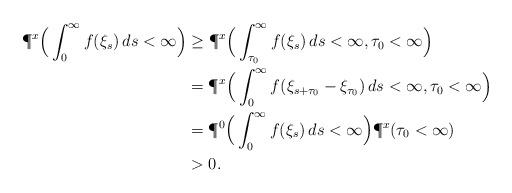
LaTeX: \begin{align*}\P^x\Big(\int_0^\infty f(\xi_s)\,ds<\infty\Big)&\geq \P^x\Big(\int_{\tau_0}^\infty f(\xi_s)\,ds<\infty, \tau_0<\infty\Big)\\&=\P^x\Big(\int_{0}^\infty f(\xi_{s+\tau_0}-\xi_{\tau_0})\,ds<\infty, \tau_0<\infty\Big)\\&=\P^0\Big(\int_0^\infty f(\xi_s)\,ds<\infty\Big)\P^x(\tau_0<\infty)\\&>0.\end{align*}